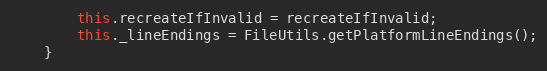
Language: JavaScript
        this.recreateIfInvalid = recreateIfInvalid;
        this._lineEndings = FileUtils.getPlatformLineEndings();
    }